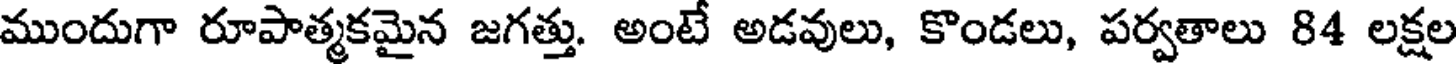
ముందుగా రూపాత్మకమైన జగత్తు. అంటే అడవులు, కొండలు, పర్వతాలు 84 లక్షల